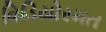
વિડિયોરમત